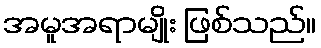
အမူအရာမျိုး ဖြစ်သည်။